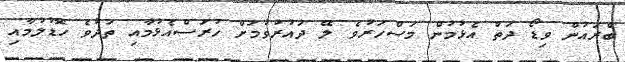
ބްރައުން ވިޑޯ ދަތް އެޅުމުން މަސްހަރުވެ ލޭ ދައުރުވުމަށް ހުރަސްއެޅުމާއި ތަދުވެ ހޮޑުލުމާއި